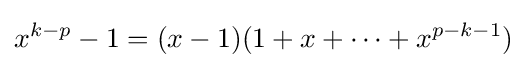
x^{k-p}-1=(x-1)(1+x+\dots +x^{p-k-1})